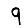
Digit: 9